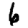
Digit: 6